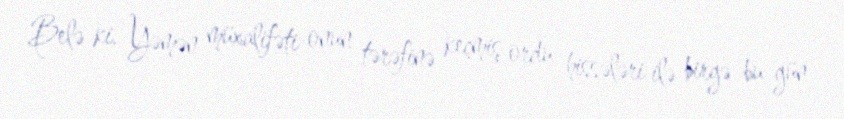
Belə ki, Yəmən müxalifəti onun tərəfinə keçmiş ordu hissələri ilə birgə bu gün